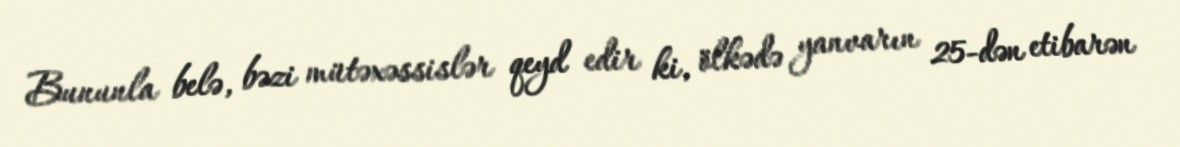
Bununla belə, bəzi mütəxəssislər qeyd edir ki, ölkədə yanvarın 25-dən etibarən